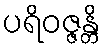
ပရိဝဇ္ဇန္တိ